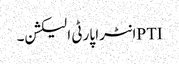
PTIانٹرا پارٹی الیکشن۔